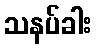
သနပ်ခါး